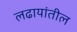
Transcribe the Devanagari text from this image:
लढायांतील